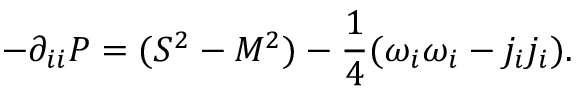
- \partial _ { i i } P = ( S ^ { 2 } - M ^ { 2 } ) - \frac { 1 } { 4 } ( \omega _ { i } \omega _ { i } - j _ { i } j _ { i } ) .